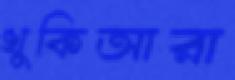
খুকিআরা